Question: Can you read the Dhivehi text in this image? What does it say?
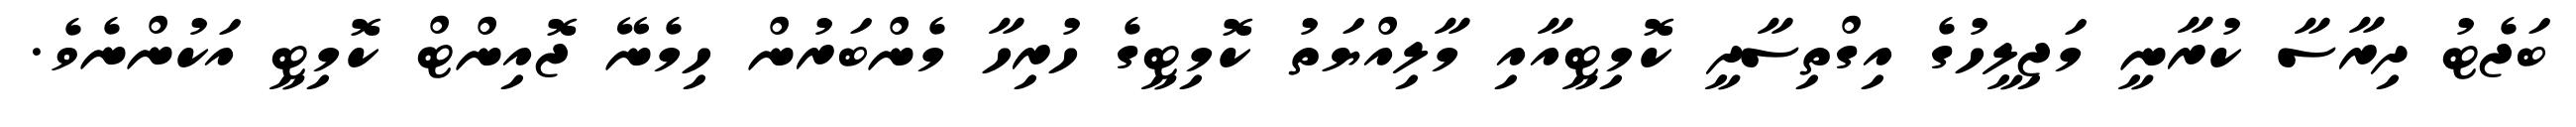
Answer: ބަޖެޓު ދިރާސާ ކުރާނީ މަޖިލީހުގެ އިގްތިސާދީ ކޮމިޓީއާއި މާލިއްޔަތު ކޮމިޓީގެ ހުރިހާ މެންބަރުން ހިމެނޭ ޖޮއިންޓް ކޮމިޓީ އަކުންނެވެ.